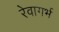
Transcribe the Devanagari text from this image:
रेवागर्भ